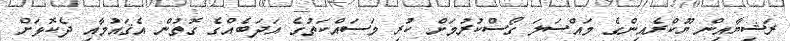
ރަޝިޔާއިން ޔޫކްރެއިންގެ މައްސަލަ ގޯސްކުރުމަށް ކުރި މަސައްކަތުގެ އަދަބެއްގެ ގޮތުން އެޤައުމާއި ދެކޮޅަށް